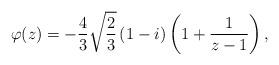
LaTeX: \begin{align*}\varphi(z) = -\frac{4}{3} \sqrt{\frac{2}{3}} \left( 1 - i \right)\left( 1 + \frac{1}{z-1} \right),\end{align*}